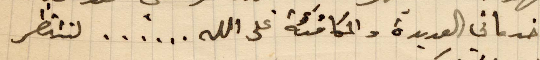
خدماتي العديدة والمكافئة على الله... لننتظر